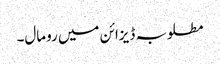
مطلوبہ ڈیزائن میں رومال۔